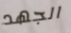
الجهد